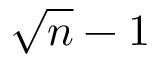
\sqrt { n } - 1